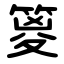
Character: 䈦